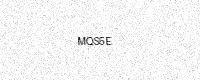
Text: MQS5E